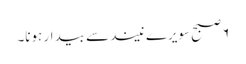
۶ صبح سویرے نیند سے بیدار ہونا۔